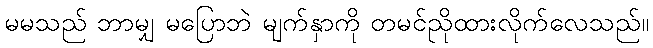
မမသည် ဘာမျှ မပြောဘဲ မျက်နှာကို တမင်ညိုထားလိုက်လေသည်။